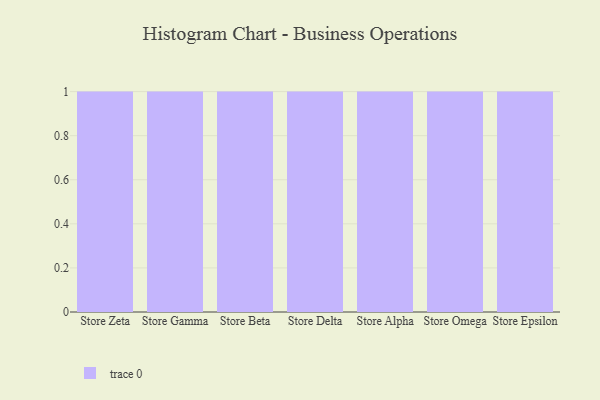
{"axis": {"x": "Store", "y": "Churn Rate (%)"}, "legend": [""], "data": [{"x": "Store Zeta", "y": 8, "type": ""}, {"x": "Store Gamma", "y": 57, "type": ""}, {"x": "Store Beta", "y": 42, "type": ""}, {"x": "Store Delta", "y": 38, "type": ""}, {"x": "Store Alpha", "y": 26, "type": ""}, {"x": "Store Omega", "y": 88, "type": ""}, {"x": "Store Epsilon", "y": 91, "type": ""}]}